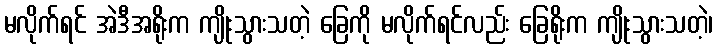
မလိုက်ရင် အဲဒီအရိုးက ကျိုးသွားသတဲ့ ခြေကို မလိုက်ရင်လည်း ခြေရိုးက ကျိုးသွားသတဲ့၊